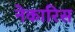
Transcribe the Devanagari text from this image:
नेकारिस